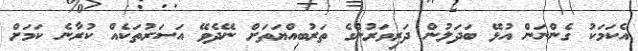
އެކަމަކު ގެންނަން އުޅޭ ބަދަލުން ދަރިވަރުންގެ ތަރުބިއްޔަތަށް ނޭދެވޭ އަސަރުތަކެއް ކުރާނެ ކަމަށް